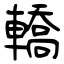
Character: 轎